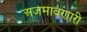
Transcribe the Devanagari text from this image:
अजमावणारी